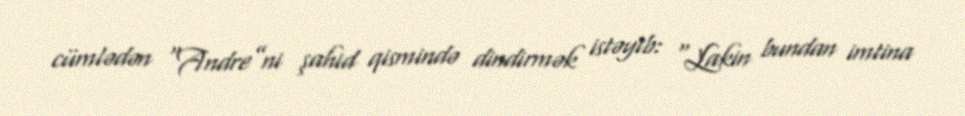
cümlədən “Andre”ni şahid qismində dindirmək istəyib: “Lakin bundan imtina